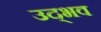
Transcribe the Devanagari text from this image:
उद्‍भव